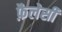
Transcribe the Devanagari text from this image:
फ़ैलेसी